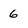
Character: 6